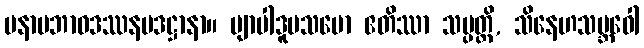
မနာပဘာဝဒဿနပဒဋ္ဌာနာ။ ဗျာပါဒူပသမော ဧတိဿာ သမ္ပတ္တိ, သိနေဟသမ္ဘဝေါ